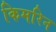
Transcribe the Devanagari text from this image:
किमरिन